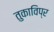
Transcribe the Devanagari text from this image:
तुकाविप्र